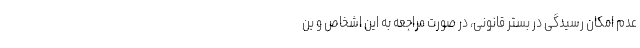
عدم امکان رسیدگی در بستر قانونی، در صورت مراجعه به این اشخاص و بن